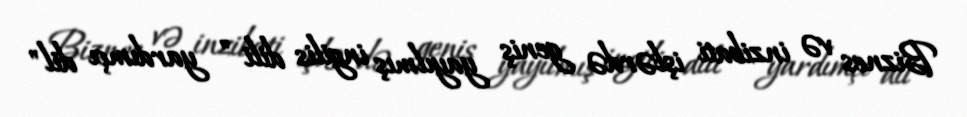
Biznes və inzibati işlərdə geniş yayılmış ingilis dili " yardımçı dil"